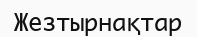
Жезтырнақтар